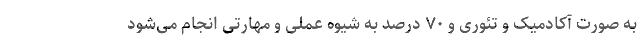
به صورت آکادمیک و تئوری و ۷۰ درصد به شیوه عملی و مهارتی انجام می‌شود